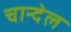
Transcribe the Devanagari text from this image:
चान्देल